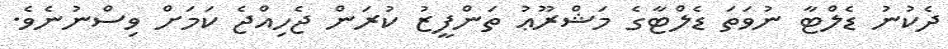
ދެކުނު ޑެލްޓާ ނުވަތަ ޑެލްޓާގެ މަޝްރޫޢު ތަންފީޒު ކުރަން ޖެހިއްޖެ ކަމަށް ވިސްނުނެވެ.